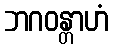
ဘဂဝန္တာဟံ